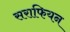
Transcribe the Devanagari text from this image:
सराफियन